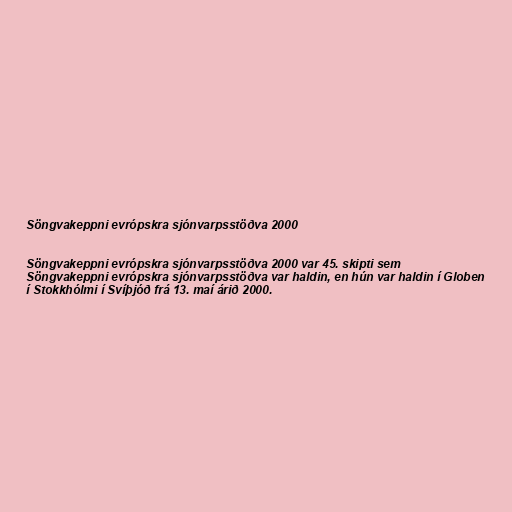
Söngvakeppni evrópskra sjónvarpsstöðva 2000

Söngvakeppni evrópskra sjónvarpsstöðva 2000 var 45. skipti sem
Söngvakeppni evrópskra sjónvarpsstöðva var haldin, en hún var haldin í Globen
í Stokkhólmi í Svíþjóð frá 13. maí árið 2000.